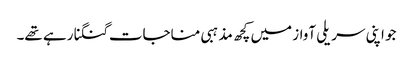
جو اپنی سریلی آواز میں کچھ مذہبی مناجات گنگنا رہے تھے۔